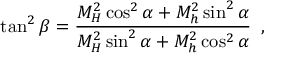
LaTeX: \tan ^ { 2 } \beta = \frac { M _ { H } ^ { 2 } \cos ^ { 2 } \alpha + M _ { h } ^ { 2 } \sin ^ { 2 } \alpha } { M _ { H } ^ { 2 } \sin ^ { 2 } \alpha + M _ { h } ^ { 2 } \cos ^ { 2 } \alpha } \enskip ,